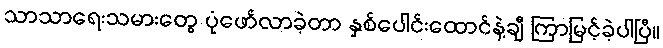
သာသာရေးသမားတွေ ပုံဖော်လာခဲ့တာ နှစ်ပေါင်းထောင်နဲ့ချီ ကြာမြင့်ခဲ့ပါပြီ။